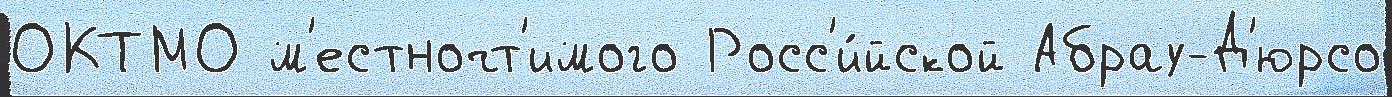
ОКТМО м'естночт'имого Росс'и́йской Абрау-Д'юрсо